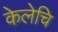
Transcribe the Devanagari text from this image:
केलेचि